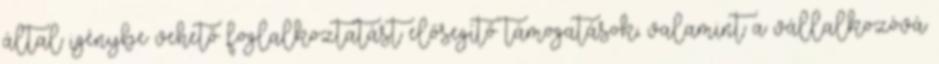
által igénybe vehető foglalkoztatást elősegítő támogatások, valamint a vállalkozóvá